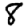
Digit: 8